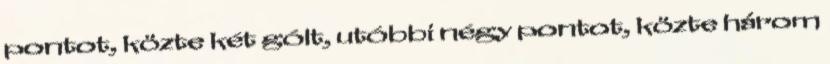
pontot, közte két gólt, utóbbi négy pontot, közte három